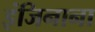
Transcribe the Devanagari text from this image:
इंजिनाना